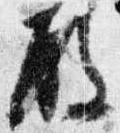
殿